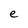
Character: e